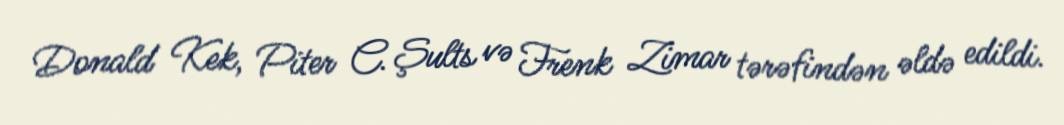
Donald Kek, Piter C. Şults və Frenk Zimar tərəfindən əldə edildi.